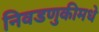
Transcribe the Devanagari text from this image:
निवडणुकीमधे